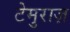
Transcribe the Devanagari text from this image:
टेमुराज़